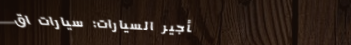
تأجير السيارات: سيارات اق